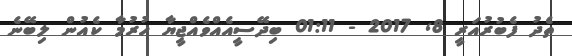
ތެދު ފެބުރުއަރީ 8